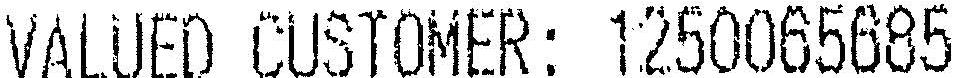
VALUED CUSTOMER: 1250065685